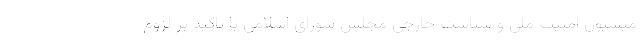
میسیون امنیت ملی و سیاست خارجی مجلس شورای اسلامی با تاکید بر لزوم